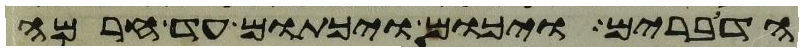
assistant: הדברים ויכום ויכתום עד חרמה